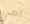
أمي